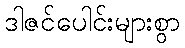
ဒါဇင်ပေါင်းများစွာ